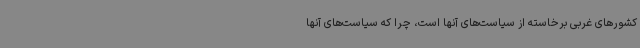
کشورهای غربی برخاسته از سیاست‌های آنها است، چرا که سیاست‌های آنها